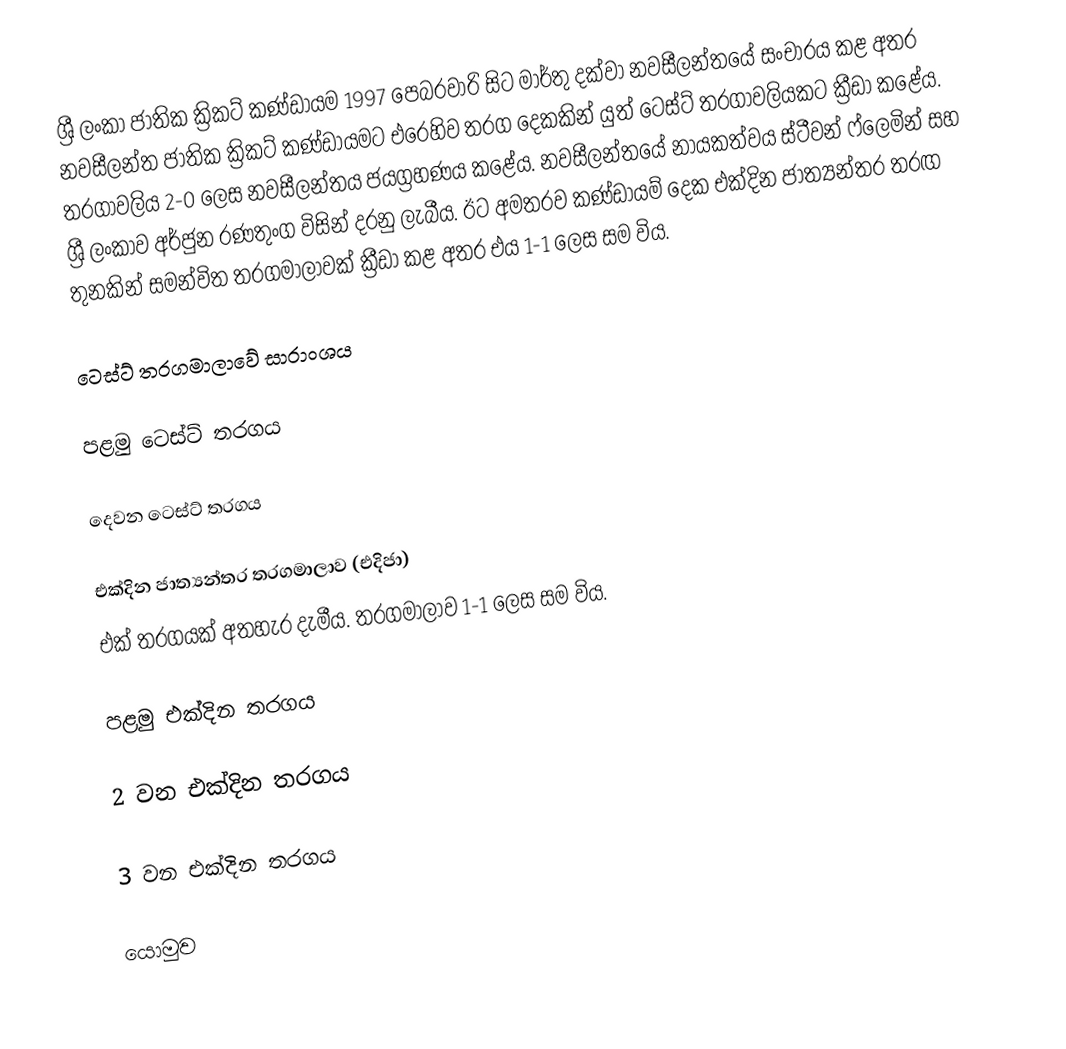
ශ්‍රී ලංකා ජාතික ක්‍රිකට් කණ්ඩායම 1997 පෙබරවාරි සිට මාර්තු දක්වා නවසීලන්තයේ සංචාරය කළ අතර නවසීලන්ත ජාතික ක්‍රිකට් කණ්ඩායමට එරෙහිව තරග දෙකකින් යුත් ටෙස්ට් තරගාවලියකට ක්‍රීඩා කළේය. තරගාවලිය 2-0 ලෙස නවසීලන්තය ජයග්‍රහණය කළේය. නවසීලන්තයේ නායකත්වය ස්ටීවන් ෆ්ලෙමින් සහ ශ්‍රී ලංකාව අර්ජුන රණතුංග විසින් දරනු ලැබීය. ඊට අමතරව කණ්ඩායම් දෙක එක්දින ජාත්‍යන්තර තරඟ තුනකින් සමන්විත තරගමාලාවක් ක්‍රීඩා කළ අතර එය 1-1 ලෙස සම විය.

ටෙස්ට් තරගමාලාවේ සාරාංශය

පළමු ටෙස්ට් තරගය

දෙවන ටෙස්ට් තරගය

එක්දින ජාත්‍යන්තර තරගමාලාව (එදිජා)
එක් තරගයක් අතහැර දැමීය. තරගමාලාව 1-1 ලෙස සම විය.

පළමු එක්දින තරගය

2 වන එක්දින තරගය

3 වන එක්දින තරගය

යොමුව